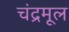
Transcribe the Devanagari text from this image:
चंद्रमूल